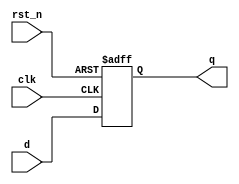
module d_flip_flop (
    input wire clk,     // Clock input
    input wire rst_n,   // Active low reset
    input wire d,       // Data input
    output reg q        // Data output
);

// Continuous assignment using non-blocking assignment
always @(posedge clk or negedge rst_n) begin
    if (!rst_n) begin
        q <= 1'b0;      // Reset output to 0 on active low reset
    end else begin
        q <= d;         // Update output with data input on clock edge
    end
end

endmodule